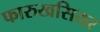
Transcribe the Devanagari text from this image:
फारुखसियर